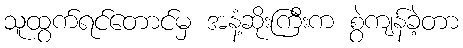
သူထွက်ရင်တောင်မှ အနံ့ဆိုးကြီးက စွဲကျန်ခဲ့တာ